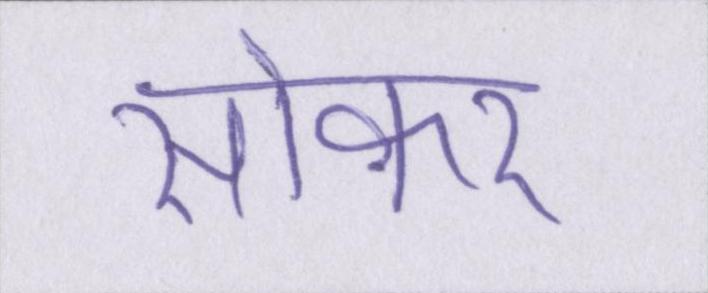
सोकर